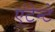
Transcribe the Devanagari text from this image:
एंटेन्टे